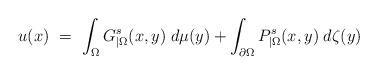
LaTeX: \begin{align*}u(x)\ =\ \int_\Omega G^s_{|\Omega}(x,y)\;d\mu(y)+\int_{\partial\Omega}P_{|\Omega}^s(x,y)\;d\zeta(y)\end{align*}